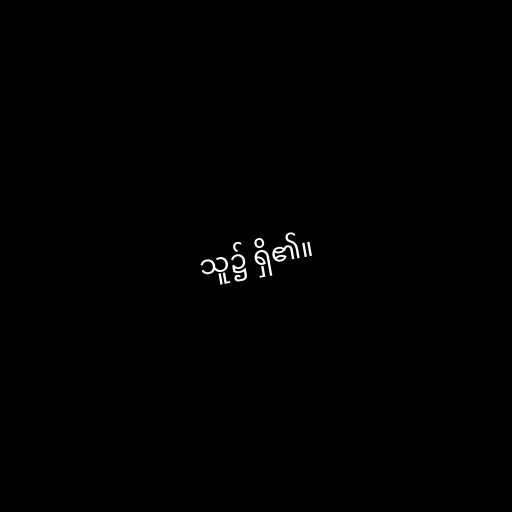
သူ၌ ရှိ၏။